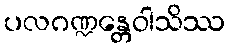
ပလဂဏ္ဍန္တေဝါသိဿ